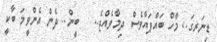
ޑިނަރގަ.. މާހް ބައްޕައާވެސް ދިމާވެއްޖެ..   ބީން.. ދެން އެެެންވީމަ ބާކީ